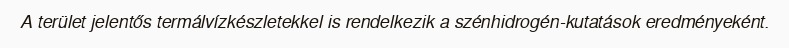
A terület jelentős termálvízkészletekkel is rendelkezik a szénhidrogén-kutatások eredményeként.